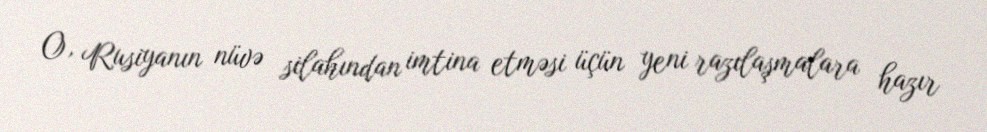
O, Rusiyanın nüvə silahından imtina etməsi üçün yeni razılaşmalara hazır